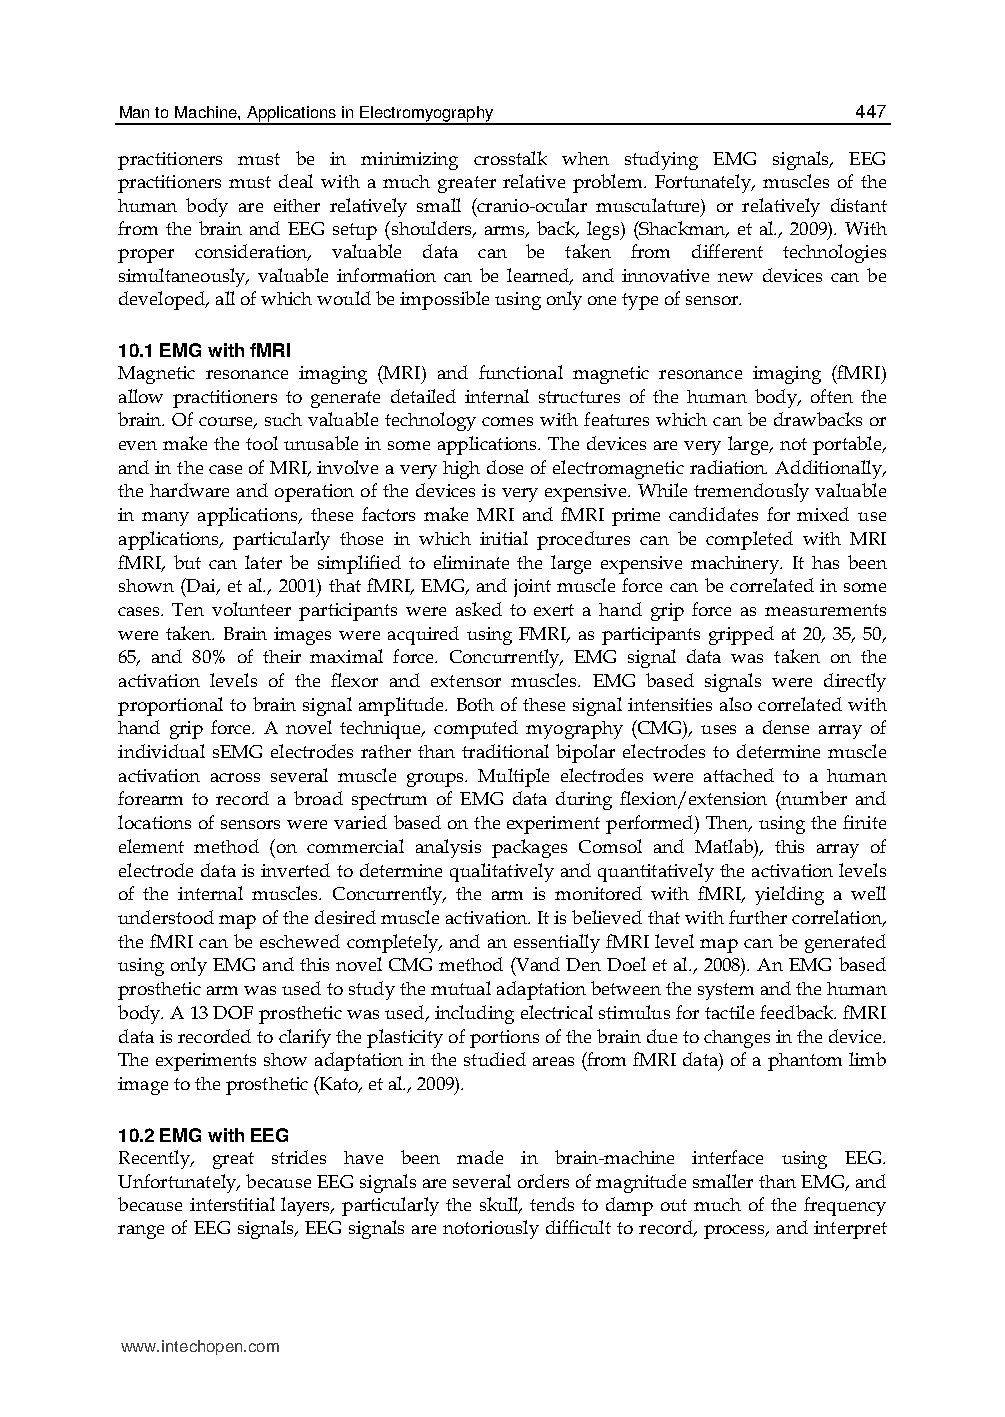
Man to Machine, Applications in Electromyography 447
 practitioners must be in minimizing crosstalk when studying EMG signals, EEG
 practitioners must deal with a much greater relative problem. Fortunately, muscles of the
 human body are either relatively small (cranio-ocular musculature) or relatively distant
 from the brain and EEG setup (shoulders, arms, back, legs) (Shackman, et al., 2009). With
 proper consideration, valuable data can be taken from different technologies
 simultaneously, valuable information can be learned, and innovative new devices can be
 developed, all of which would be impossible using only one type of sensor.
 10.1 EMG with fMRI
 Magnetic resonance imaging (MRI) and functional magnetic resonance imaging (fMRI)
 allow practitioners to generate detailed internal structures of the human body, often the
 brain. Of course, such valuable technology comes with features which can be drawbacks or
 even make the tool unusable in some applications. The devices are very large, not portable,
 and in the case of MRI, involve a very high dose of electromagnetic radiation. Additionally,
 the hardware and operation of the devices is very expensive. While tremendously valuable
 in many applications, these factors make MRI and fMRI prime candidates for mixed use
 applications, particularly those in which initial procedures can be completed with MRI
 fMRI, but can later be simplified to eliminate the large expensive machinery. It has been
 shown (Dai, et al., 2001) that fMRI, EMG, and joint muscle force can be correlated in some
 cases. Ten volunteer participants were asked to exert a hand grip force as measurements
 were taken. Brain images were acquired using FMRI, as participants gripped at 20, 35, 50,
 65, and 80% of their maximal force. Concurrently, EMG signal data was taken on the
 activation levels of the flexor and extensor muscles. EMG based signals were directly
 proportional to brain signal amplitude. Both of these signal intensities also correlated with
 hand grip force. A novel technique, computed myography (CMG), uses a dense array of
 individual sEMG electrodes rather than traditional bipolar electrodes to determine muscle
 activation across several muscle groups. Multiple electrodes were attached to a human
 forearm to record a broad spectrum of EMG data during flexion/extension (number and
 locations of sensors were varied based on the experiment performed) Then, using the finite
 element method (on commercial analysis packages Comsol and Matlab), this array of
 electrode data is inverted to determine qualitatively and quantitatively the activation levels
 of the internal muscles. Concurrently, the arm is monitored with fMRI, yielding a well
 understood map of the desired muscle activation. It is believed that with further correlation,
 the fMRI can be eschewed completely, and an essentially fMRI level map can be generated
 using only EMG and this novel CMG method (Vand Den Doel et al., 2008). An EMG based
 prosthetic arm was used to study the mutual adaptation between the system and the human
 body. A 13 DOF prosthetic was used, including electrical stimulus for tactile feedback. fMRI
 data is recorded to clarify the plasticity of portions of the brain due to changes in the device.
 The experiments show adaptation in the studied areas (from fMRI data) of a phantom limb
 image to the prosthetic (Kato, et al., 2009).
 10.2 EMG with EEG
 Recently, great strides have been made in brain-machine interface using EEG.
 Unfortunately, because EEG signals are several orders of magnitude smaller than EMG, and
 because interstitial layers, particularly the skull, tends to damp out much of the frequency
 range of EEG signals, EEG signals are notoriously difficult to record, process, and interpret
 www.intechopen.com